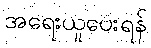
အရေးယူပေးရန်